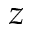
z